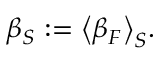
\beta _ { S } \mathrel { \mathop : } = \big < \beta _ { F } \big > _ { S } .